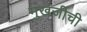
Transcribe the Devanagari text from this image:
मुखर्जीची